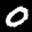
Label: 0